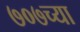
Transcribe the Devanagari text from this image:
७०७च्या